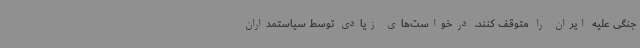
جنگی علیه ایران را متوقف کنند. درخواست‌های زیادی توسط سیاستمداران